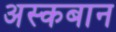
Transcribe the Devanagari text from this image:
अस्कबान